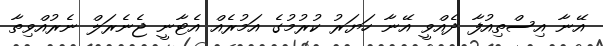
އޭނާ އިސްތިއުފާ ދެއްވީ އޭނާ ހަޔަރު ކުރުމުގެ އަމުރެއް އެޓާނީ ޖެނެރަލް ނެރުއްވިތާ